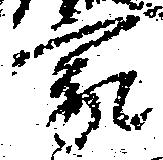
家